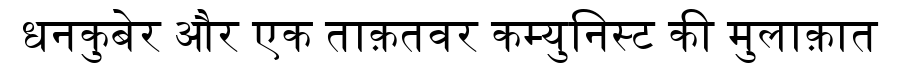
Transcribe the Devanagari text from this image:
धनकुबेर और एक ताक़तवर कम्युनिस्ट की मुलाक़ात